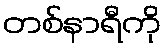
တစ်နာရီကို